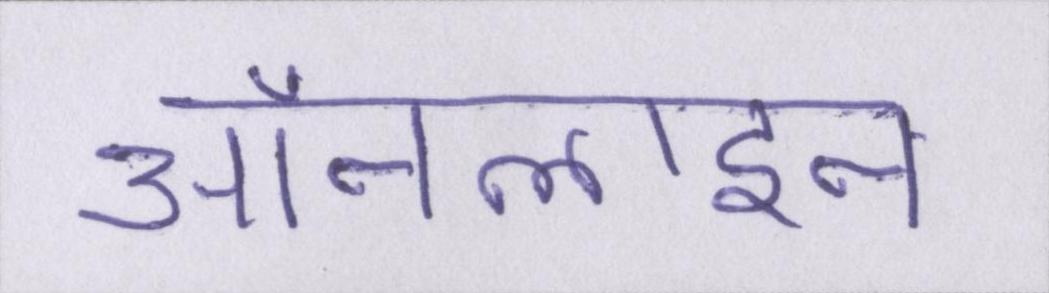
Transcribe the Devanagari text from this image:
ऑनलाइन